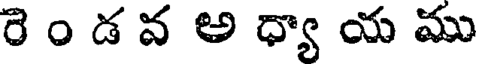
రె ం డ వ అ ధ్యా య ము